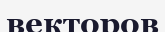
векторов